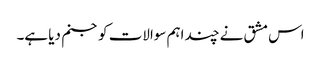
اس مشق نے چند اہم سوالات کو جنم دیا ہے۔